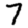
Digit: 7